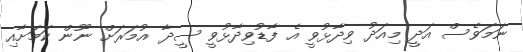
ނަމަވެސް އަދީ މިއަދު ވިދާޅުވީ އެ ފާޑުވިދާޅުވީ ސީދާ އުމަރަށް ނޫން ކަމަށާއި